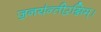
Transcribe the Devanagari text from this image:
ज॒नय॑न्तीर॒ग्निम्।